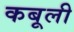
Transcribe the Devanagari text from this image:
कबूली